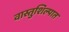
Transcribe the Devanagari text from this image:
वास्तुशिल्पात